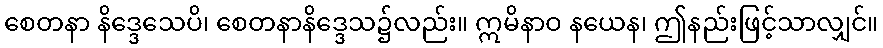
စေတနာ နိဒ္ဒေသေပိ၊ စေတနာနိဒ္ဒေသ၌လည်း။ ဣမိနာဝ နယေန၊ ဤနည်းဖြင့်သာလျှင်။